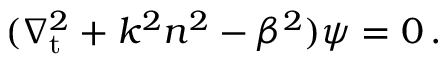
( \nabla _ { \mathrm { t } } ^ { 2 } + k ^ { 2 } n ^ { 2 } - \beta ^ { 2 } ) \psi = 0 \, .